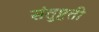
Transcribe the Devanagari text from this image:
संतुष्टती